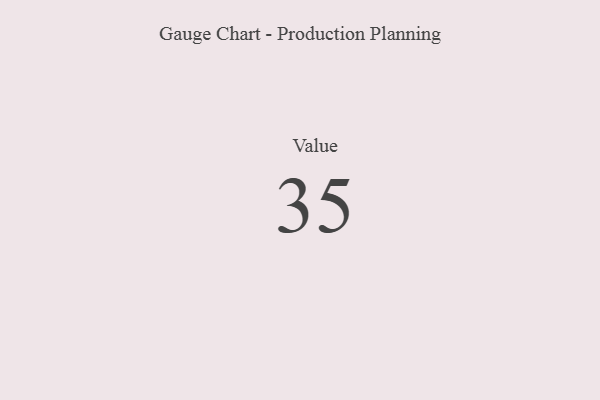
{"axis": {"x": "Metric", "y": "Value"}, "legend": [""], "data": [{"x": "Value", "y": 35, "type": ""}]}